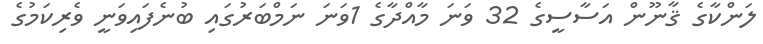
ލަންކާގެ ޤާނޫން އަސާސީގެ 32 ވަނަ މާއްދާގެ 1ވަނަ ނަމްބަރުގައި ބުނެފައިވަނީ ވެރިކަމުގެ